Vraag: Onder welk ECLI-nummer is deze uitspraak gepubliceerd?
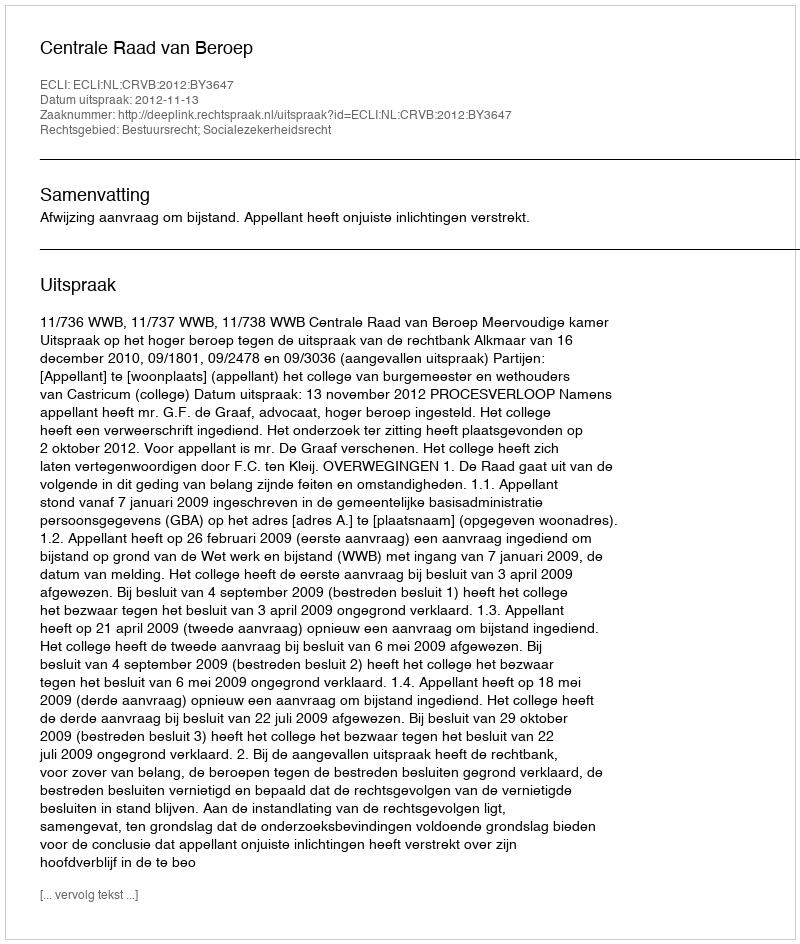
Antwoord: ECLI:NL:CRVB:2012:BY3647